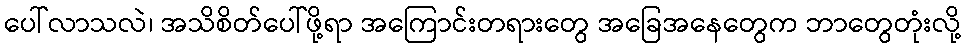
ပေါ်လာသလဲ၊ အသိစိတ်ပေါ်ဖို့ရာ အကြောင်းတရားတွေ အခြေအနေတွေက ဘာတွေတုံးလို့